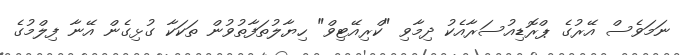
ނަމަވެސް އޭރުގެ ޕްރޮޑިއުސަރާއެކު ދިމާވި "ކްރިއޭޓިވް" ހިޔާލުތަފާތުވުން ތަކަކާ ގުޅިގެން އޭނާ ފިލްމުގެ